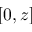
[ 0 , z ]